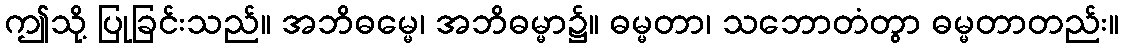
ဤသို့ ပြုခြင်းသည်။ အဘိဓမ္မေ၊ အဘိဓမ္မာ၌။ ဓမ္မတာ၊ သဘောတံတွာ ဓမ္မတာတည်း။